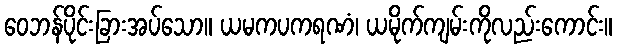
ဝေဘန်ပိုင်းခြားအပ်သော။ ယမကပကရဏံ၊ ယမိုက်ကျမ်းကိုလည်းကောင်း။